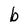
Character: b